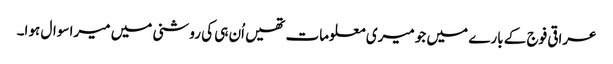
عراقی فوج کے بارے میں جو میری معلومات تھیں اُن ہی کی روشنی میں میرا سوال ہوا۔